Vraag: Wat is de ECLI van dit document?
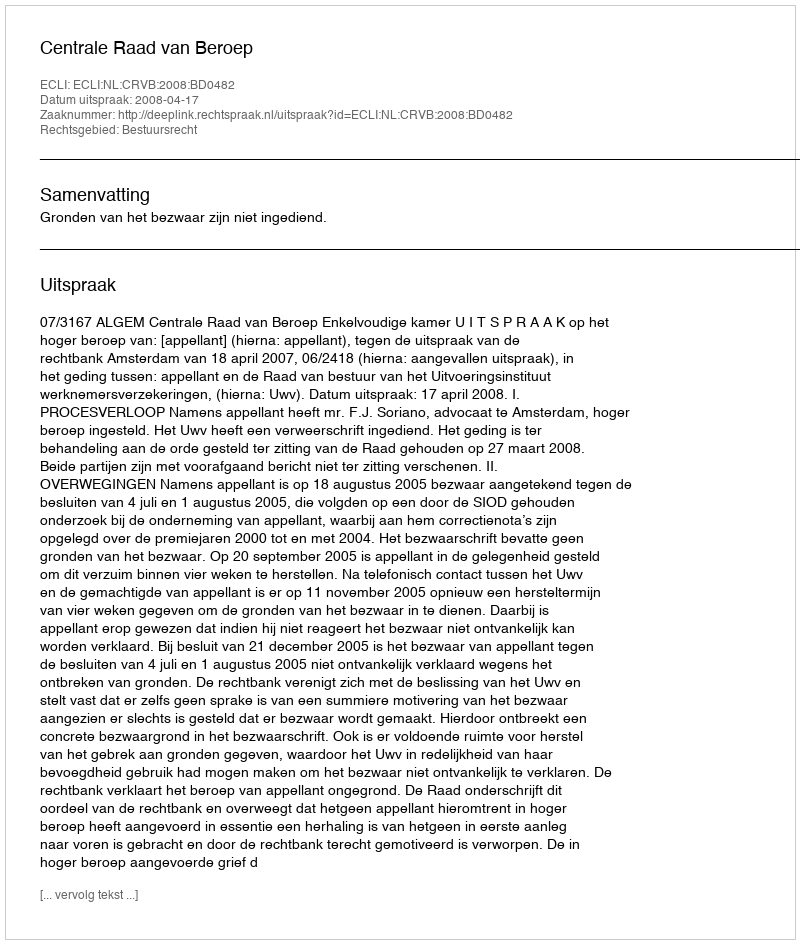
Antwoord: ECLI:NL:CRVB:2008:BD0482